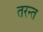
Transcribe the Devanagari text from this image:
तरन्त